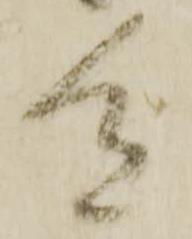
色